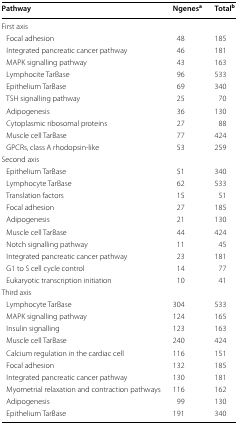
| Pathway | Ngenesa | Totalb |
 | --- | --- | --- |
 | <COLSPAN=3> First axis |
 | Focal adhesion | 48 | 185 |
 | Integrated pancreatic cancer pathway | 46 | 181 |
 | MAPK signalling pathway | 43 | 163 |
 | Lymphocite TarBase | 96 | 533 |
 | Epithelium TarBase | 69 | 340 |
 | TSH signalling pathway | 25 | 70 |
 | Adipogenesis | 36 | 130 |
 | Cytoplasmic ribosomal proteins | 27 | 88 |
 | Muscle cell TarBase | 77 | 424 |
 | GPCRs, class A rhodopsin-like | 53 | 259 |
 | <COLSPAN=3> Second axis |
 | Epithelium TarBase | 51 | 340 |
 | Lymphocyte TarBase | 62 | 533 |
 | Translation factors | 15 | 51 |
 | Focal adhesion | 27 | 185 |
 | Adipogenesis | 21 | 130 |
 | Muscle cell TarBase | 44 | 424 |
 | Notch signalling pathway | 11 | 45 |
 | Integrated pancreatic cancer pathway | 23 | 181 |
 | G1 to S cell cycle control | 14 | 77 |
 | Eukaryotic transcription initiation | 10 | 41 |
 | <COLSPAN=3> Third axis |
 | Lymphocyte TarBase | 304 | 533 |
 | MAPK signalling pathway | 124 | 165 |
 | Insulin signalling | 123 | 163 |
 | Muscle cell TarBase | 240 | 424 |
 | Calcium regulation in the cardiac cell | 116 | 151 |
 | Focal adhesion | 132 | 185 |
 | Integrated pancreatic cancer pathway | 130 | 181 |
 | Myometrial relaxation and contraction pathways | 116 | 162 |
 | Adipogenesis | 99 | 130 |
 | Epithelium TarBase | 191 | 340 |